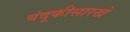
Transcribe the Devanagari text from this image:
बंदूकीसारखे